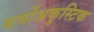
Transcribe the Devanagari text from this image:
थर्मोअकुस्टिक